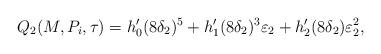
LaTeX: \begin{align*}&{Q_2}(M,P_i,\tau)=h_0'(8\delta_2)^{5}+h_1'(8\delta_2)^{3}\varepsilon_2+h_2'(8\delta_2)\varepsilon_2^2,\end{align*}